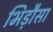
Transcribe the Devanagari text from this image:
भिड़ौसा